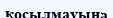
қосылмауына